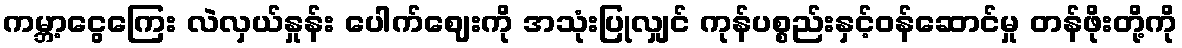
ကမ္ဘာ့ငွေကြေး လဲလှယ်နှုန်း ပေါက်ဈေးကို အသုံးပြုလျှင် ကုန်ပစ္စည်းနှင့်ဝန်ဆောင်မှု တန်ဖိုးတို့ကို